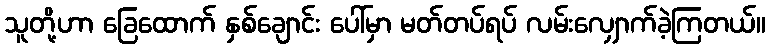
သူတို့ဟာ ခြေထောက် နှစ်ချောင်း ပေါ်မှာ မတ်တပ်ရပ် လမ်းလျှောက်ခဲ့ကြတယ်။